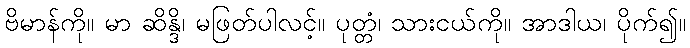
ဗိမာန်ကို။ မာ ဆိန္ဒိ၊ မဖြတ်ပါလင့်။ ပုတ္တံ၊ သားငယ်ကို။ အာဒါယ၊ ပိုက်၍။